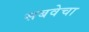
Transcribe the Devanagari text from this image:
सबवेचा